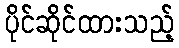
ပိုင်ဆိုင်ထားသည့်